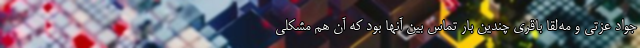
جواد عزتی و مه‌لقا باقری چندین بار تماس بین آنها بود که آن هم مشکلی